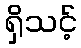
ရှိသင့်